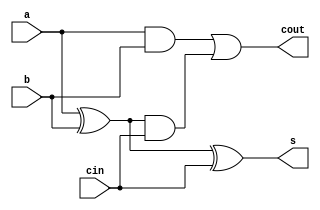
//full adder
module FA(a,b,cin,s,cout);

input a, b, cin;
output s, cout;

assign s = a^b^cin;
assign cout = (a&b)|((a^b)&cin);

endmodule
//ripple carry adder 4bits
module RCA4(a,b,cin,S,cout);

input [3:0] a,b;
input cin;
output [3:0] S;
output cout;

wire [3:1] c;

FA FA_0(.a(a[0]), .b(b[0]), .cin(cin), .s(S[0]), .cout(c[1]));
FA FA_1(.a(a[1]), .b(b[1]), .cin(c[1]), .s(S[1]), .cout(c[2]));
FA FA_2(.a(a[2]), .b(b[2]), .cin(c[2]), .s(S[2]), .cout(c[3]));
FA FA_3(.a(a[3]), .b(b[3]), .cin(c[3]), .s(S[3]), .cout(cout));

endmodule
//ripple carry adder 3bit
module RCA3(a,b,cin,S,cout);

input [2:0] a,b;
input cin;
output [2:0] S;
output cout;

wire [2:1] c;

FA FA_0(.a(a[0]), .b(b[0]), .cin(cin), .s(S[0]), .cout(c[1]));
FA FA_1(.a(a[1]), .b(b[1]), .cin(c[1]), .s(S[1]), .cout(c[2]));
FA FA_2(.a(a[2]), .b(b[2]), .cin(c[2]), .s(S[2]), .cout(cout));

endmodule
//ripple carry adder 2bit
module RCA2(a,b,cin,S,cout);

input [1:0] a,b;
input cin;
output [1:0] S;
output cout;

wire c;

FA FA_0(.a(a[0]), .b(b[0]), .cin(cin), .s(S[0]), .cout(c));
FA FA_2(.a(a[1]), .b(b[1]), .cin(c), .s(S[1]), .cout(cout));

endmodule


//skip logic 4bit
module skip_logic4(a, b, cin, cout, cin_next);

input [3:0] a, b;
input cin, cout;
output cin_next;

wire [3:0]p;
wire P,e;

assign p[0] = a[0]|b[0];
assign p[1] = a[1]|b[1];
assign p[2] = a[2]|b[2];
assign p[3] = a[3]|b[3];
assign P = p[0]&p[1]&p[2]&p[3];
assign e = P&cin;
assign cin_next=e|cout;

endmodule

//skip logic 3bit
module skip_logic3(a, b, cin, cout, cin_next);

input [2:0] a, b;
input cin, cout;
output cin_next;

wire [2:0]p;
wire P,e;

assign p[0] = a[0]|b[0];
assign p[1] = a[1]|b[1];
assign p[2] = a[2]|b[2];
assign P = p[0]&p[1]&p[2];
assign e = P&cin;
assign cin_next=e|cout;

endmodule

//skip logic 2bit
module skip_logic2(a, b, cin, cout, cin_next);

input [1:0] a, b;
input cin, cout;
output cin_next;

wire [2:0]p;
wire P,e;

assign p[0] = a[0]|b[0];
assign p[1] = a[1]|b[1];
assign P = p[0]&p[1];
assign e = P&cin;
assign cin_next=e|cout;

endmodule